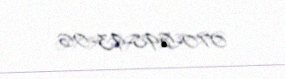
070-698-93-06